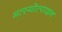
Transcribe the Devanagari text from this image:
मत्स्यॊत्पादन